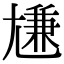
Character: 尲